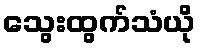
သွေးထွက်သံယို